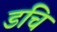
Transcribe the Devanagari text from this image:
डचि